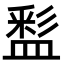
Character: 𥂑